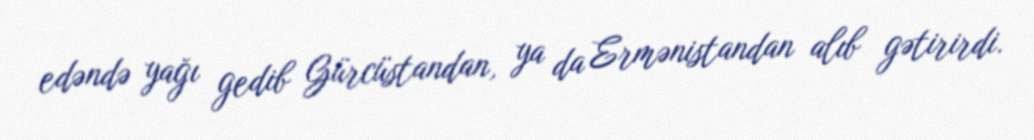
edəndə yağı gedib Gürcüstandan, ya da Ermənistandan alıb gətirirdi.